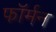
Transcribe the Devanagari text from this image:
फॉर्मन